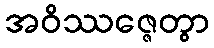
အဝိဿဇ္ဇေတွာ